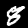
Label: 8